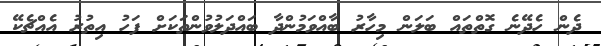
ދެން ހެދޭނެ ގޮތްތައް ބަލަން މިހާރު ބާއްވަމުންދާ ބައްދަލުވުންތަކަަށް ފަހު އިތުރު އެއްޗެކޭ